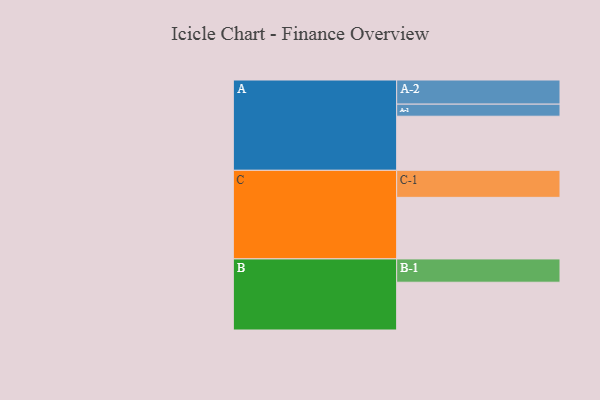
{"axis": {"x": "Segment", "y": "Value"}, "legend": ["", "A", "B", "C"], "data": [{"x": "A", "y": 506, "type": ""}, {"x": "B", "y": 447, "type": ""}, {"x": "C", "y": 576, "type": ""}, {"x": "A-1", "y": 113, "type": "A"}, {"x": "A-2", "y": 226, "type": "A"}, {"x": "B-1", "y": 218, "type": "B"}, {"x": "C-1", "y": 253, "type": "C"}]}